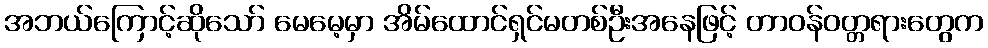
အဘယ်ကြောင့်ဆိုသော် မေမေ့မှာ အိမ်ထောင်ရှင်မတစ်ဦးအနေဖြင့် တာဝန်ဝတ္တရားတွေက